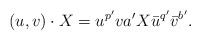
\begin{align*}(u,v)\cdot X = u^{p'}v{a'}X\bar{u}^{q'}\bar{v}^{b'}.\end{align*}